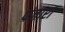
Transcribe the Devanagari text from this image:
पंजारा